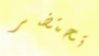
تحتضر